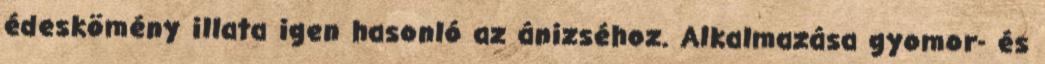
édeskömény illata igen hasonló az ánizséhoz. Alkalmazása gyomor- és